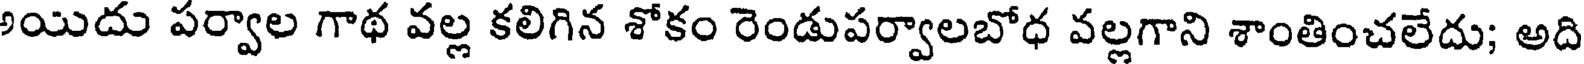
ియిదు పర్వాల గాథ వల్ల కలిగిన శోకం రెండుపర్వాలబోధ వల్లగాని శాంతించలేదు; అది